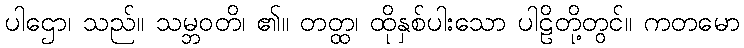
ပါဌော၊ သည်။ သမ္ဘဝတိ၊ ၏။ တတ္ထ၊ ထိုနှစ်ပါးသော ပါဠိတို့တွင်။ ကတမော